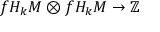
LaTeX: f H _ { k } M \otimes f H _ { k } M \to \mathbb { Z }